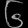
Digit: ၆